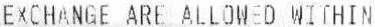
EXCHANGE ARE ALLOWED WITHIN